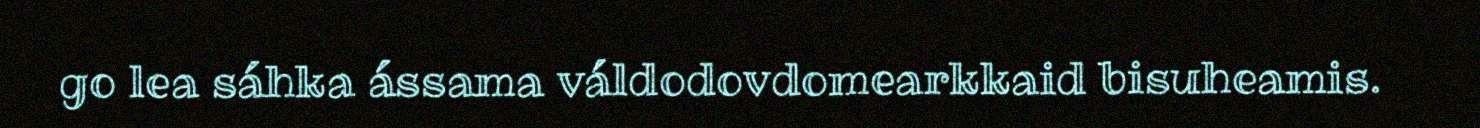
go lea sáhka ássama váldodovdomearkkaid bisuheamis.